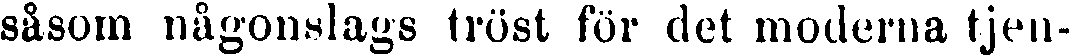
såsom någonslags tröst för det moderna tjen-